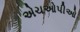
એચઓપીઓ